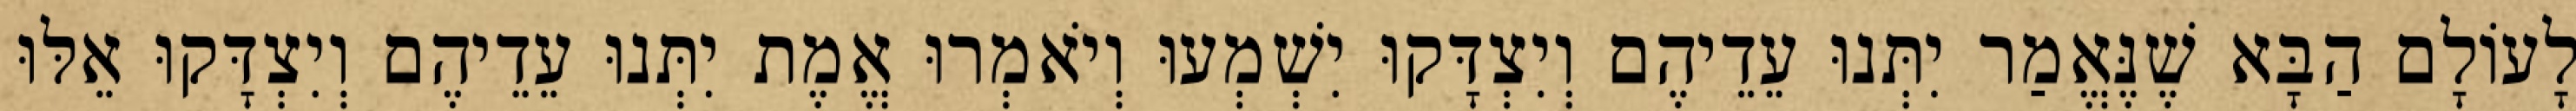
לָעוֹלָם הַבָּא שֶׁנֶּאֱמַר יִתְּנוּ עֵדֵיהֶם וְיִצְדָּקוּ יִשְׁמְעוּ וְיֹאמְרוּ אֱמֶת יִתְּנוּ עֵדֵיהֶם וְיִצְדָּקוּ אֵלּוּ